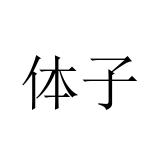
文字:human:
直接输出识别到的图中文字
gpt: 体子